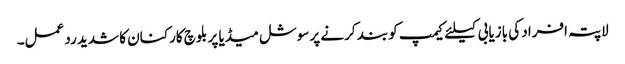
لاپتہ افراد کی بازیابی کیلئے کیمپ کو بند کرنے پر سوشل میڈیا پر بلوچ کارکنان کا شدید رد عمل۔